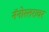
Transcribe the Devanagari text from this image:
नॅनोस्तरावर